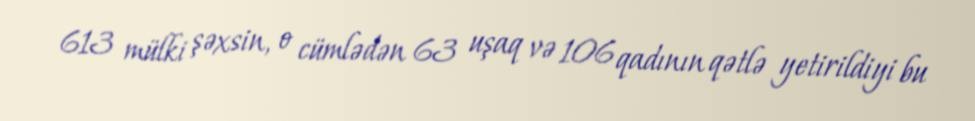
613 mülki şəxsin, o cümlədən 63 uşaq və 106 qadının qətlə yetirildiyi bu